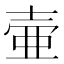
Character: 壷